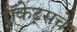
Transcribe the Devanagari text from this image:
रॉकेट्‌सचे